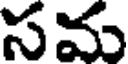
సమ